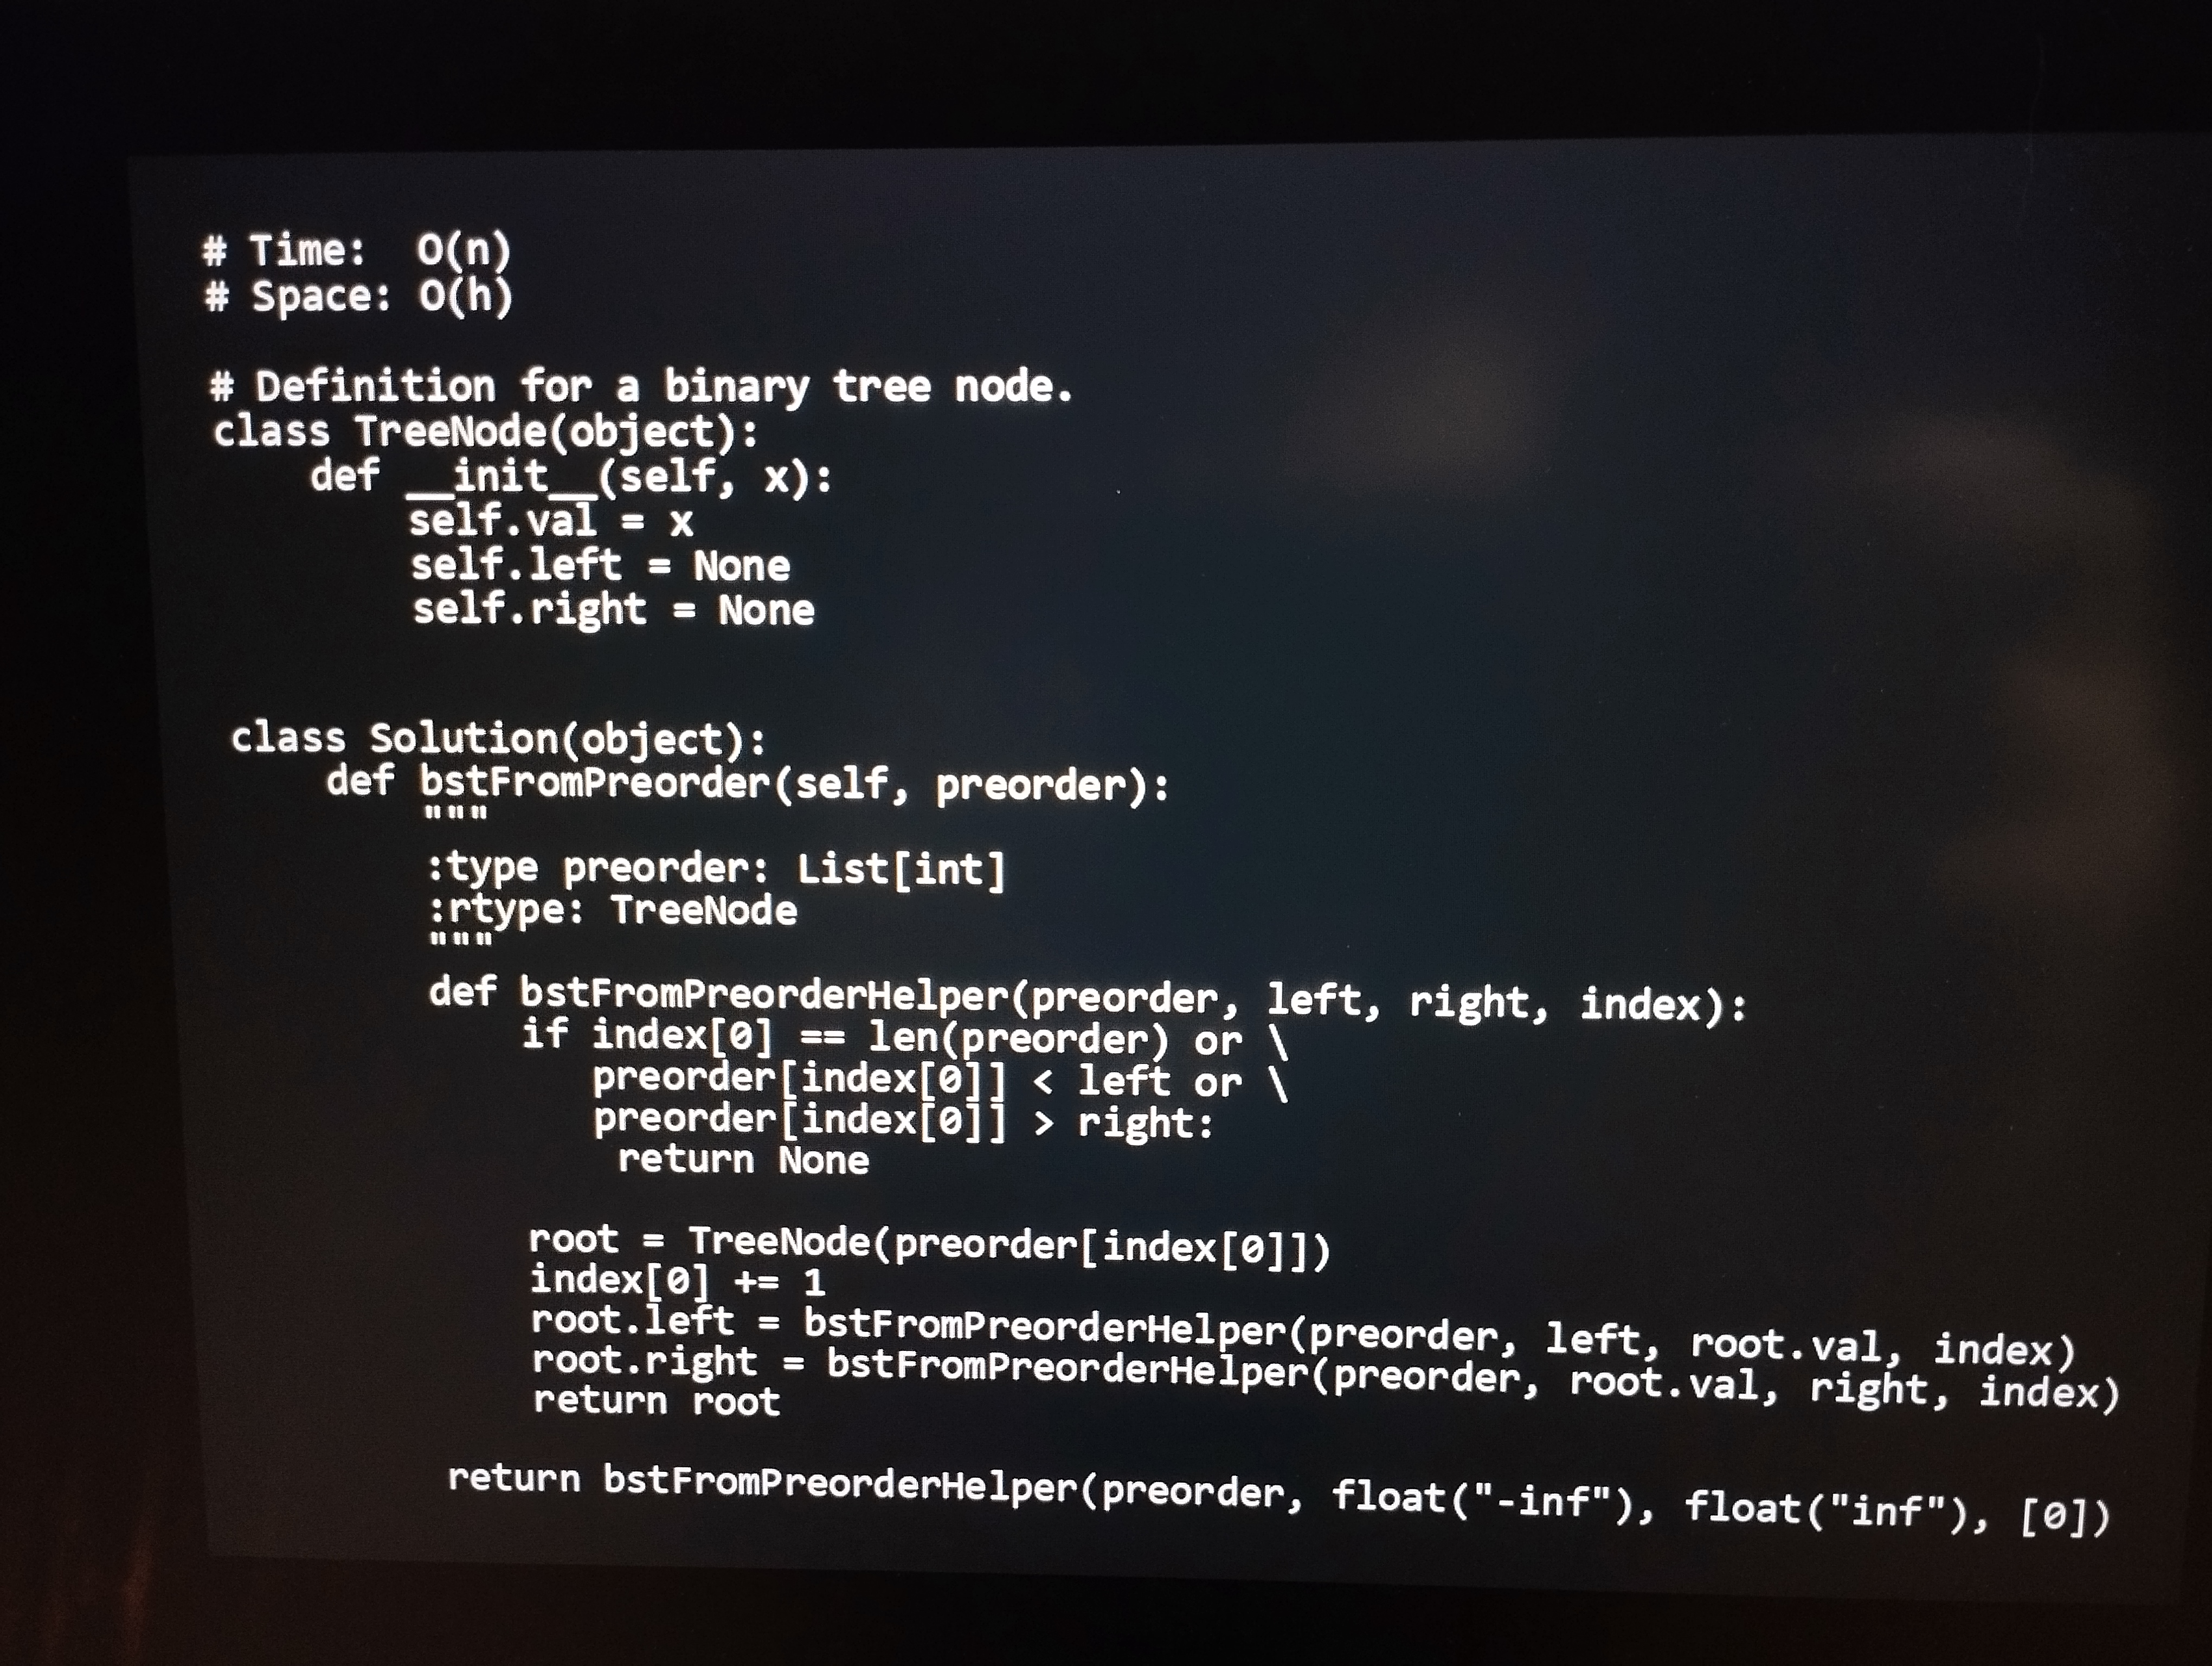
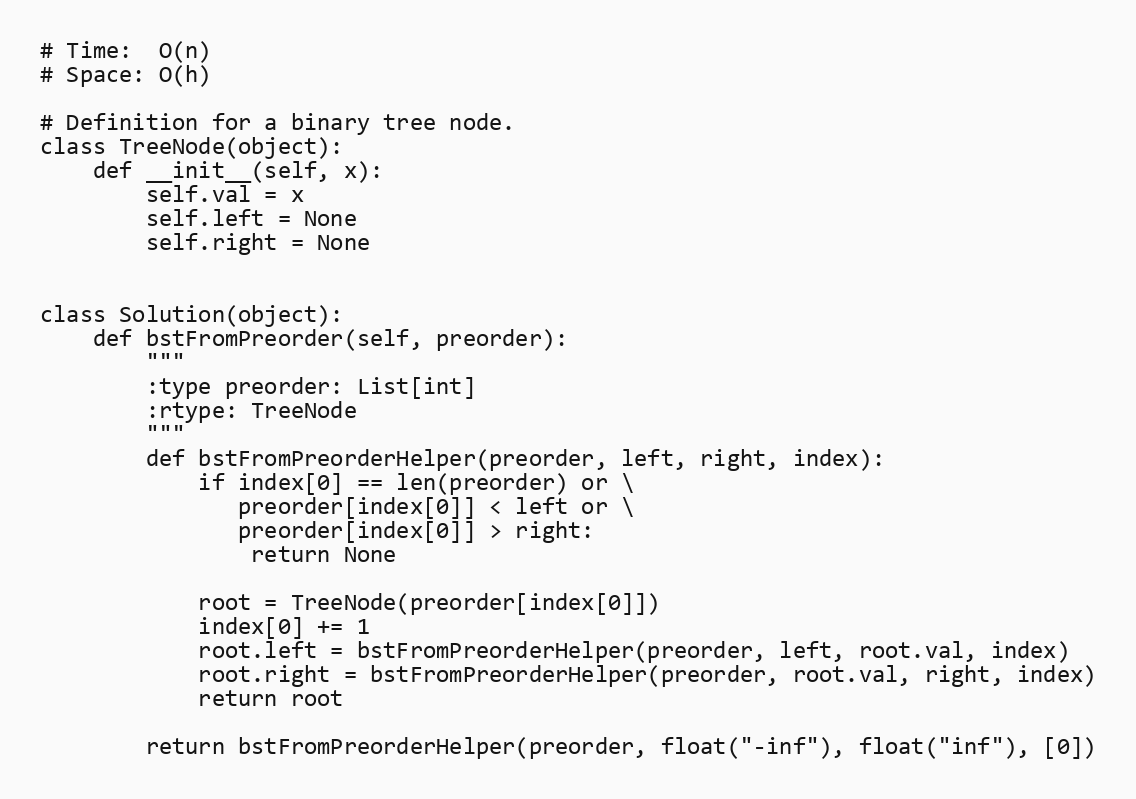
# Time:  O(n)
# Space: O(h)

# Definition for a binary tree node.
class TreeNode(object):
    def __init__(self, x):
        self.val = x
        self.left = None
        self.right = None

class Solution(object):
    def bstFromPreorder(self, preorder):
        """
        :type preorder: List[int]
        :rtype: TreeNode
        """
        def bstFromPreorderHelper(preorder, left, right, index):
            if index[0] == len(preorder) or \
               preorder[index[0]] < left or \
               preorder[index[0]] > right:
                return None

            root = TreeNode(preorder[index[0]])
            index[0] += 1
            root.left = bstFromPreorderHelper(preorder, left, root.val, index)
            root.right = bstFromPreorderHelper(preorder, root.val, right, index)
            return root

        return bstFromPreorderHelper(preorder, float("-inf"), float("inf"), [0])